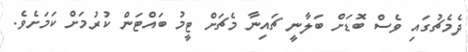
ދެމެޗުގައި ވެސް ބޮޑަށް ބަލާނީ ޗައިނާ މެޗަށް ޓީމު ބައްޓަން ކުރުމަށް ކަމަށެވެ.